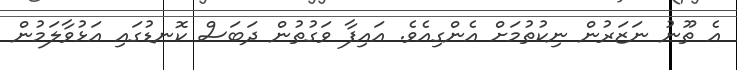
އެ ތޫނު ނަޒަރުން ނިކުތުމަށް އެންގިއެވެ. އައިފާ ވަގުތުން ދަބަސް ކޮނޑުގައި އަޅުވާލަމުން